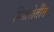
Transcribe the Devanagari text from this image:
मिश्रशेतींत